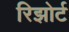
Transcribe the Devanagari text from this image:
रिझोर्ट